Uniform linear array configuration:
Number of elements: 24
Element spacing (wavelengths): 0.75
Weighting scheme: hamming
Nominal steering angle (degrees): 60
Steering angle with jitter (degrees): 58.035
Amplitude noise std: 0.05
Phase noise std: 0.05

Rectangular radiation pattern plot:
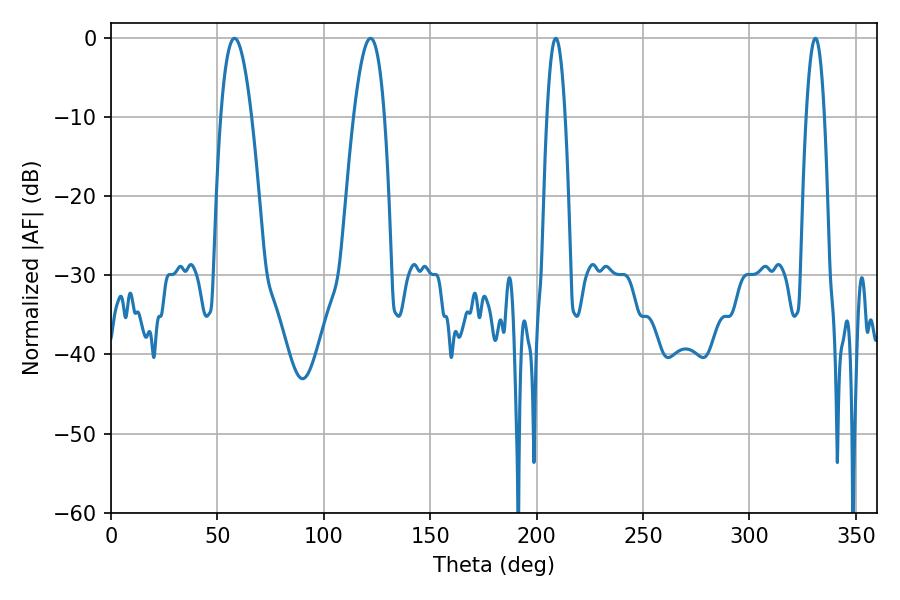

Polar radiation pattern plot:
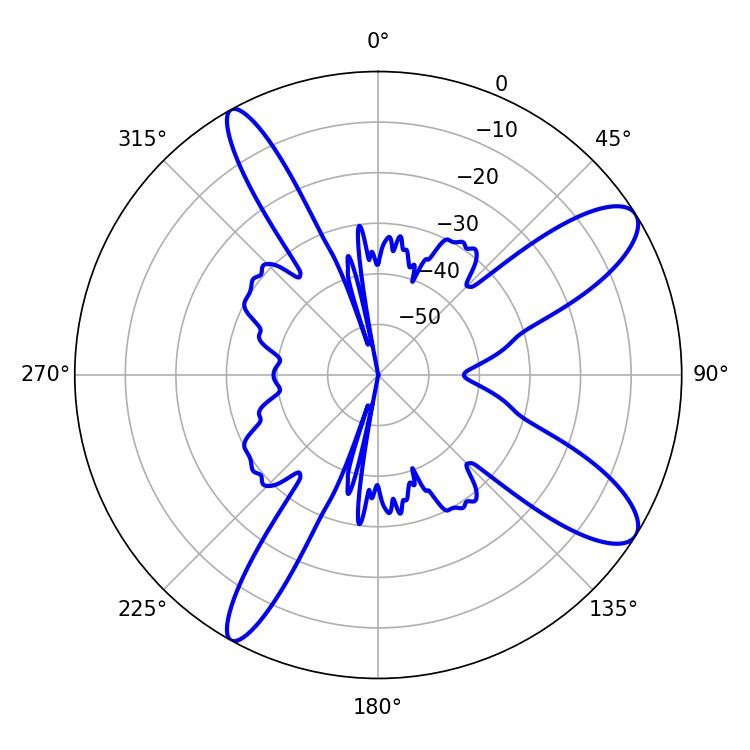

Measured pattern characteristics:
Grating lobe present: TRUE
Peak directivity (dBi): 10.763
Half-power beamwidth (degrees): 4.68
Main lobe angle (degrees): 208.98